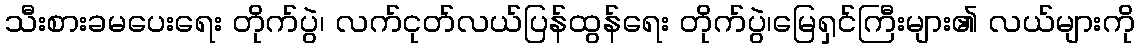
သီးစားခမပေးရေး တိုက်ပွဲ၊ လက်ငုတ်လယ်ပြန်ထွန်ရေး တိုက်ပွဲ၊မြေရှင်ကြီးများ၏ လယ်များကို